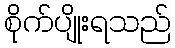
စိုက်ပျိုးရသည်